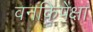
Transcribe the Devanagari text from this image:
वनकिपेक्षा